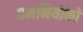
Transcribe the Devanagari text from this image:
धमनियोंको